Leaving Certificate Examination, 1919
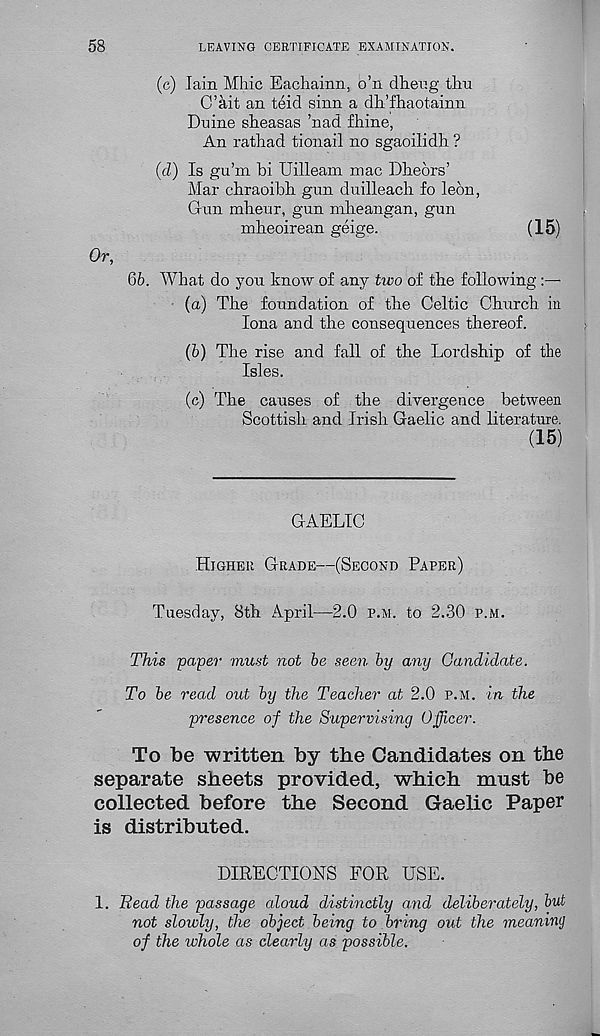
58
LEAVING CERTIFICATE EXAMINATION.
(c) Tain Mhic Eachainn, o’n dheng thu
C’ait an teid sinn a dh’fhaotainn
Duine siieasas ’nad fhine,
An rathad tionail no sgaoilidh ?
(cl) Is gu’m bi Uilleam mac Dbeors’
Mar chraoibh gun duilleach fo leon,
Gun mheur, gun mheangan, gun
mheoirean geige.
(15)
Or,
66. What do you know of any tivo of the following
(а) The foundation of the Celtic Church in
Iona and the consequences thereof.
(б) The rise and fall of the Lordship of the
Isles.
(c) The causes of the divergence between
Scottish and Irish Gaelic and literature.
(15)
GAELIC
Higher Grade—(Second Paper)
Tuesday, 8th April—2.0 p.m. to 2.30 p.m.
This paper must not be seen by any Candidate.
To be read out by the Teacher at 2.0 p.m. in the
presence of the Supervising Officer.
To be written by the Candidates on the
separate sheets provided, which must be
collected before the Second Gaelic Paper
is distributed.
DIRECTIONS FOR USE.
1. Read the passage aloud distinctly and deliberately, but
not slowly, the object being to bring out the meaning
of the whole as clearly as possible.